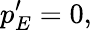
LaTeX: p_{E}^{\prime}=0,